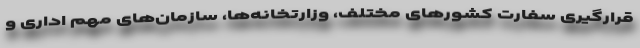
قرارگیری سفارت کشورهای مختلف، وزارتخانه‌ها، سازمان‌های مهم اداری و